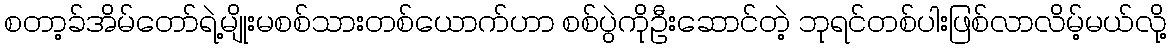
စတာ့ခ်အိမ်တော်ရဲ့မျိုးမစစ်သားတစ်ယောက်ဟာ စစ်ပွဲကိုဦးဆောင်တဲ့ ဘုရင်တစ်ပါးဖြစ်လာလိမ့်မယ်လို့